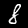
Label: 8